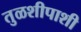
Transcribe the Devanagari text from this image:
तुळशीपाशी